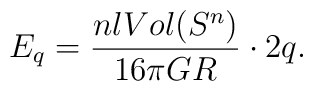
E_q =\frac{nl Vol(S^n)}{16\pi GR}\cdot 2q.